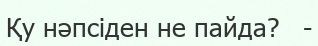
Қу нәпсіден не пайда?   -